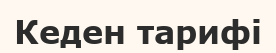
Кеден тарифі